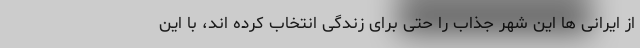
از ایرانی ها این شهر جذاب را حتی برای زندگی انتخاب کرده اند، با این